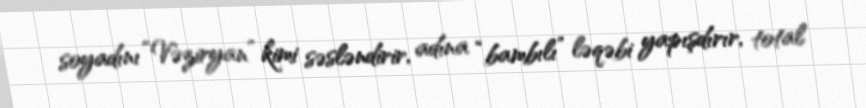
soyadını “Vəziryan” kimi səsləndirir, adına “bambılı” ləqəbi yapışdırır, total